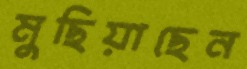
মুছিয়াছেন